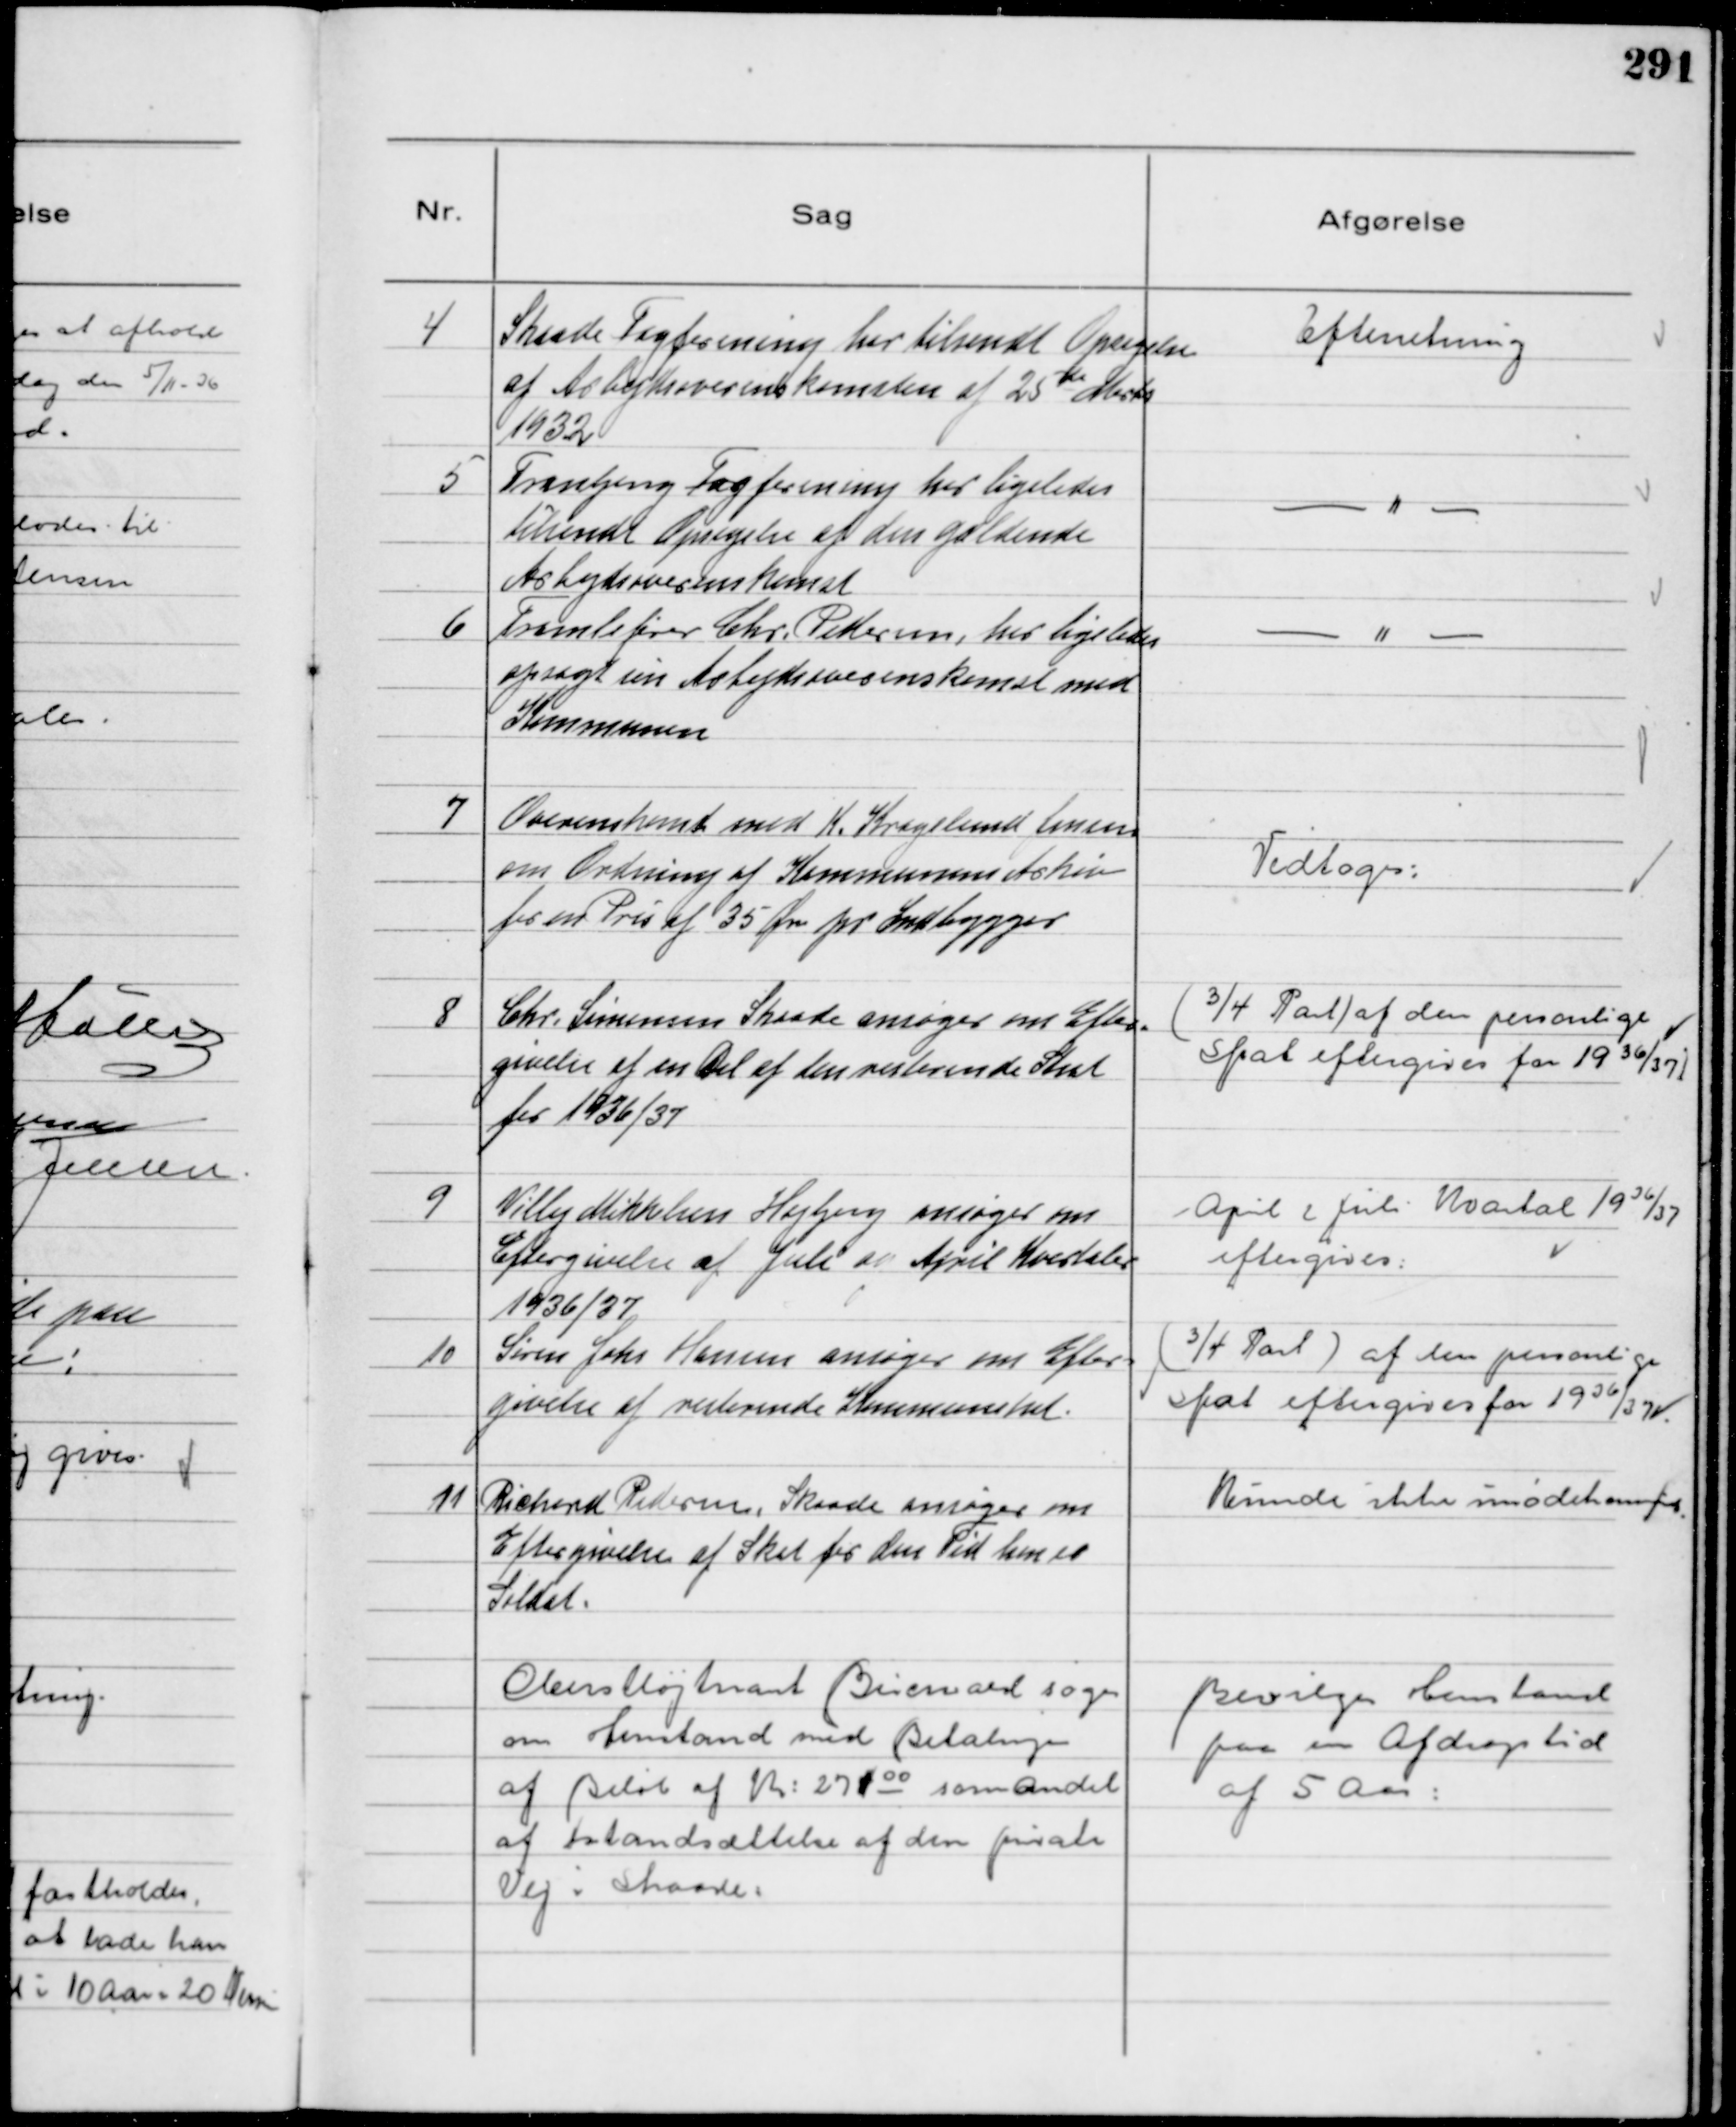
Transskription:
4
Skaade Fagforening har tilsendt Opsigelse
af Arbejdsoverenskomsten af 25de Marts
1932

Efterretning

5
Tranbjerg Fagforening har ligeledes
tilsendt Opsigelse af den gældende
Arbejdsoverenskomst

-"-

6
Tromlefører Chr. Pedersen har ligeledes
opsagt sin Arbejdsoverenskomst med
Kommunen

-"-

7
Overenskomst med K. Kragelund Jensen
om Ordning af Kommunens Arkiv
for en Pris af 35 Øre pr. Indbygger

Vedtoges

8
Chr. Sørensen Skaade ansøger om Efter-
givelse af en Del af den resterende Skat
for 1936/37

(¾ Part) af den personlige
Skat eftergives for 1936/37)

9
Villy Mikkelsen Højbjerg ansøger om
Eftergivelse af Juli og April Kvartaler
1936/37

April & Juli Kvartal 1936/37
eftergives

10
Søren Johs Hansen ansøger om Efter-
givelse af resterende Kommuneskat

(¾ Part) af den personlige
Skat eftergives for 1936/37

11
Richard Pedersen, Skaade ansøger om
Eftergivelse af Skat for den Tid han er
Soldat.

Kunde ikke imødekommes

Oberstløjtnant Bircnard søger
om Henstand med Betalingen
af Beløb af Kr: 27100 som Andel
af Istandsættelse af den private
Vej i Skaade.

Bevilges Henstand
paa en Afdragstid
af 5 Aar